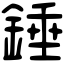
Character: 錘